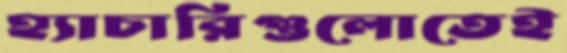
হ্যাচারিগুলোতেই